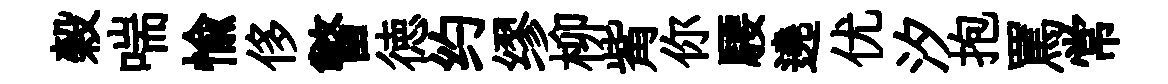
榖喘愉侈瞥徳约缪柳觜你騕遶优汐抱罵常